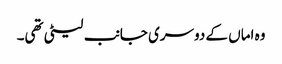
وہ اماں کے دوسری جانب لیٹی تھی۔